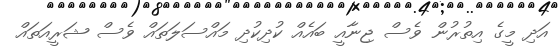
އަދި މީގެ އިތުރުން ވެސް ޖިނާއީ ބައެއް ކުދިކުދި މައްސަލަތައް ވެސް ޝަރީއަތައް